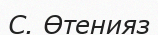
С. Өтенияз